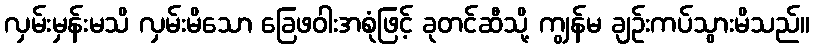
လှမ်းမှန်းမသိ လှမ်းမိသော ခြေဖဝါးအစုံဖြင့် ခုတင်ဆီသို့ ကျွန်မ ချဉ်းကပ်သွားမိသည်။